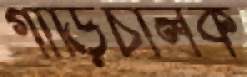
গাড়িচালক